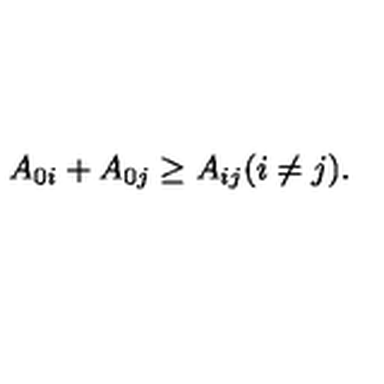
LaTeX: A _ { 0 i } + A _ { 0 j } \geq A _ { i j } ( i \neq j ) .